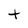
Character: t